Civil Veterinary Dept. North-West Frontier Province 1901-22 - 1901-1922
Year: 1901
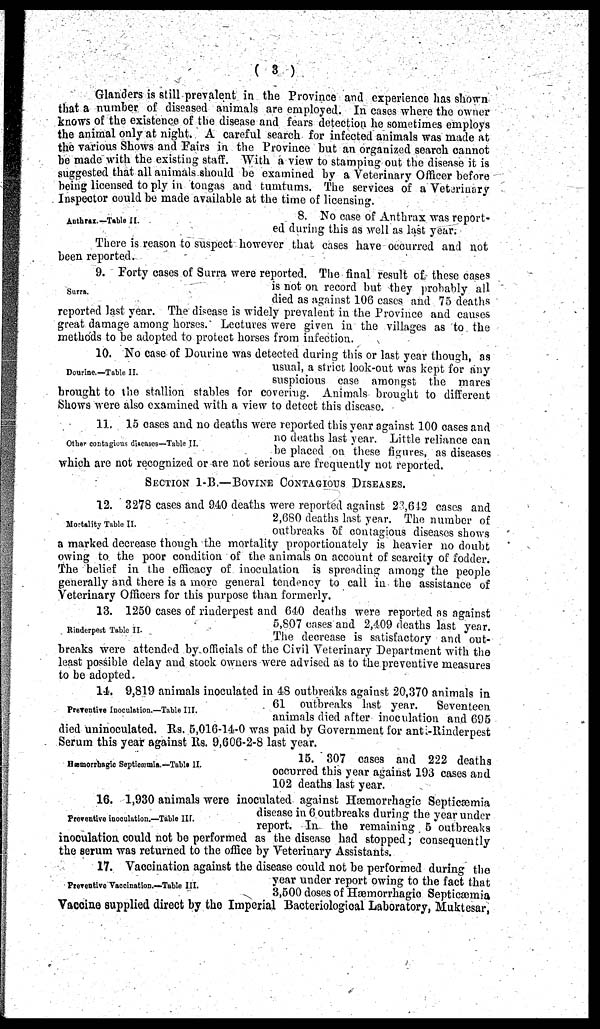
(3)
Glanders is still prevalent in the Province and experience has shown
that a number of diseased animals are employed. In cases where the owner
knows of the existence of the disease and fears detection he sometimes employs
the animal only at night. A careful search for infected animals was made at
the various Shows and Fairs in the Province but an organized search cannot
be made with the existing staff. With a view to stamping out the disease it is
suggested that all animals should be examined by a Veterinary Officer before
being licensed to ply in tongas and tumtums. The services of a Veterinary
Inspector could be made available at the time of licensing.
Anthrax.—Table II.
8. No case of Anthrax was report-
ed during this as well as last year.
There is reason to suspect however that cases have occurred and not
been reported.
Surra.
9. Forty cases of Surra were reported. The final result of these cases
is not on record but they probably all
died as against 106 cases and 75 deaths
reported last year. The disease is widely prevalent in the Province and causes
great damage among horses. Lectures were given in the villages as to the
methods to be adopted to protect horses from infection.
Dourine.—Table II.
10. No case of Dourine was detected during this or last year though, as
usual, a strict look-out was kept for any
suspicious case amongst the mares
brought to the stallion stables for covering. Animals brought to different
Shows were also examined with a view to detect this disease.
Other contagious diseases—Table II.
11. 15 cases and no deaths were reported this year against 100 cases and
no deaths last year. Little reliance can
be placed on these figures, as diseases
which are not recognized or are not serious are frequently not reported.
SECTION 1-B.-BOVINE CONTAGIOUS DISEASES.
Mortality Table II.
12. 3278 cases and 940 deaths were reported against 23,642 cases and
2,680 deaths last year. The number of
outbreaks of contagious diseases shows
a marked decrease though the mortality proportionately is heavier no doubt
owing to the poor condition of the animals on account of scarcity of fodder.
The belief in the efficacy of inoculation is spreading among the people
generally and there is a more general tendency to call in the assistance of
Veterinary Officers for this purpose than formerly.
Rinderpest Table II.
13. 1250 cases of rinderpest and 640 deaths were reported as against
5,807 cases and 2,409 deaths last year.
The decrease is satisfactory and out-
breaks were attended by officials of the Civil Veterinary Department with the
least possible delay and stock owners were advised as to the preventive measures
to be adopted.
Preventive Inoculation.—Table III.
14. 9,819 animals inoculated in 48 outbreaks against 20,370 animals in
61 outbreaks last year.
Seventeen
animals died after inoculation and 695
died uninoculated. Rs. 5,016-14-0 was paid by Government for anti-Rinderpest
Serum this year against Rs. 9,606-2-8 last year.
Hæmorrhagic Septicæmia.—Table II.
15. 307 cases and 222 deaths
occurred this year against 193 cases and
102 deaths last year.
Preventive inoculation.—Table III.
16. 1,930 animals were inoculated against Hæmorrhagic Septicæmia
disease in 6 outbreaks during the year under
report. In the remaining 5 outbreaks
inoculation could not be performed as the disease had stopped; consequently
the serum was returned to the office by Veterinary Assistants.
Preventive Vaccination.—Table III.
17. Vaccination against the disease could not be performed during the
year under report owing to the fact that
3,500 doses of Hæmorrhagic Septicæmia
Vaccine supplied direct by the Imperial Bacteriological Laboratory, Muktesar,